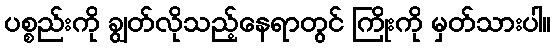
ပစ္စည်းကို ချွတ်လိုသည့်နေရာတွင် ကြိုးကို မှတ်သားပါ။